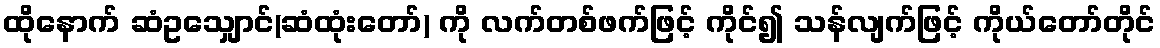
ထိုနောက် ဆံဥသျှောင်(ဆံထုံးတော်) ကို လက်တစ်ဖက်ဖြင့် ကိုင်၍ သန်လျက်ဖြင့် ကိုယ်တော်တိုင်